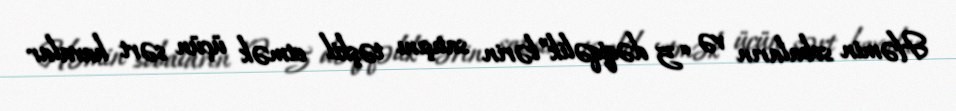
Həmin sobaların və “5 dəqiqəlik”lərin satışını təşkil etmək üçün sərt havalar